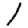
Digit: 1